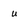
Character: u